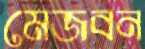
মেজবন